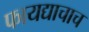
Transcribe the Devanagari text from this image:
फायद्याचाच